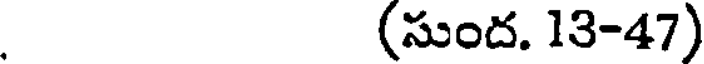
(సుంద. 13-47)